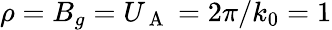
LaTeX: \rho=B_{g}=U_{\mathrm{~A~}}=2\pi/k_{0}=1